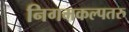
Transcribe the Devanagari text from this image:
निगमकल्पतरु